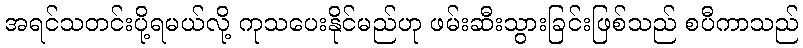
အရင်သတင်းပို့ရမယ်လို့ ကုသပေးနိုင်မည်ဟု ဖမ်းဆီးသွားခြင်းဖြစ်သည် စပီကာသည်